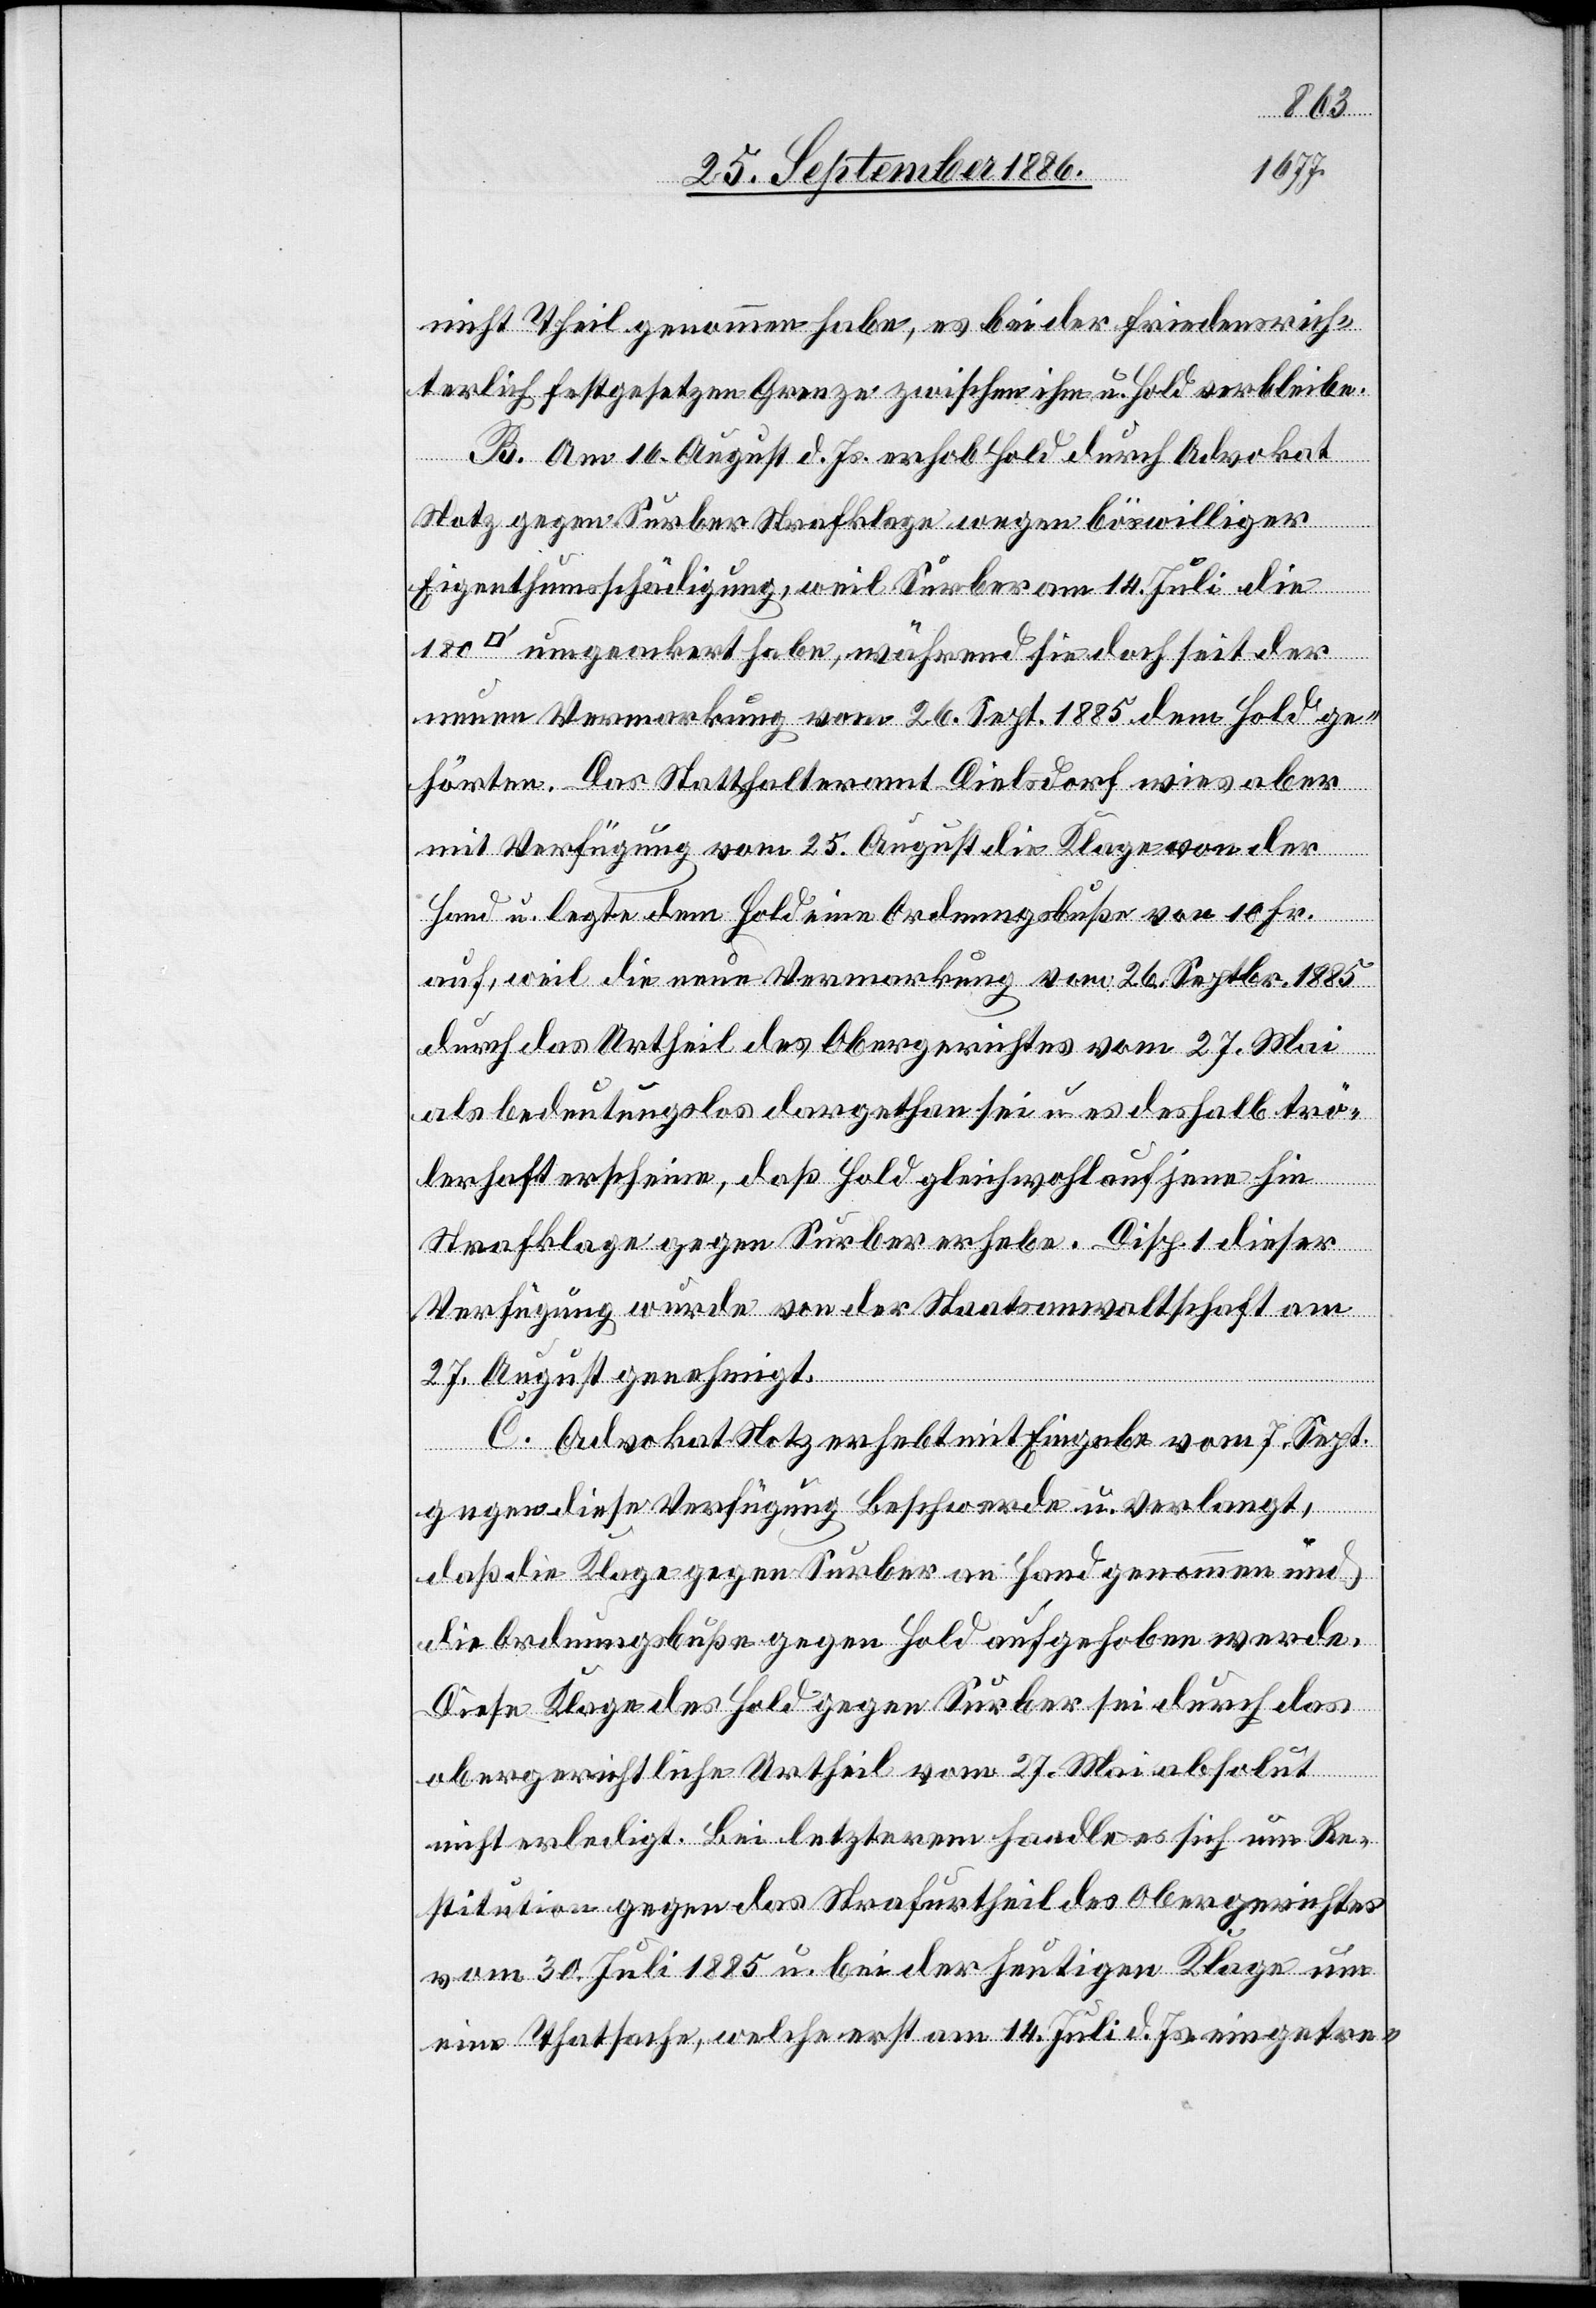
[Quadra¬
nicht Theil genommen habe, es bei der friedensrich¬
terlich festgesetzten Grenze zwischen ihm u. Hold verbleibe.
B. Am 16. August d. Js. erhob Hold durch Advokat
Notz gegen Surber Strafklage wegen böswilliger
Eigenthumsschädigung, weil Surber am 14. Juli die
tfuss] umgeackert habe, während sie doch seit der
neuen Vermarkung vom 26. Sept. 1885 dem Hold ge¬
hörten. Das Statthalteramt Dielsdorf wies aber
mit Verfügung vom 25. August die Klage von der
Hand u. legte dem Hold eine Ordnungsbuße von 10 Fr.
auf, weil die neue Vermarkung vom 26. Septbr. 1885
durch das Urtheil des Obergerichtes vom 27. Mai
als bedeutungslos dargethan sei u. es deshalb trö¬
lerhaft erscheine, daß Hold gleichwohl auf jene hin
Strafklage gegen Surber erhebe. Disp. 1 dieser
Verfügung wurde von der Staatsanwaltschaft am
27. August genehmigt.
C. Advokat Notz erhebt mit Eingabe vom 7. Sept.
gegen diese Verfügung Beschwerde u. verlangt,
daß die Klage gegen Surber an Hand genommen und
die Ordnungsbuße gegen Hold aufgehoben werde.
Diese Klage des Hold gegen Surber sei durch das
obergerichtliche Urtheil vom 27. Mai absolut
nicht erledigt. Bei letzterem handle es sich um Re¬
stitution gegen das Strafurtheil des Obergerichtes
vom 30. Juli 1885 u. bei der heutigen Klage um
eine Thatsache, welche erst am 14. Juli d. Js. eingetre-